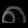
Digit: ၈